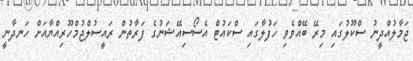
ޖަމާލުއްދީނު ސްކޫލުގައި މިރޭ ބޭއްވެވި ހަފުލާގައި ސްކައުޓް އެސޯސިއޭޝަނުގެ ފަރާތުން ރައީސުލްޖުމްހޫރިއްޔާއަށް ހަނދާނީ